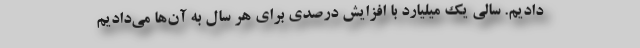
‌دادیم. سالی یک میلیارد با افزایش درصدی برای هر سال به آن‌ها می‌دادیم